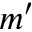
m ^ { \prime }